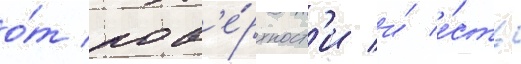
о́т пов'е́рхност'и и́ е́сть